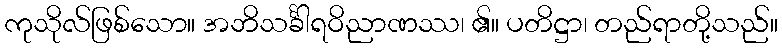
ကုသိုလ်ဖြစ်သော။ အဘိသင်္ခါရဝိညာဏဿ၊ ၏။ ပတိဋ္ဌာ၊ တည်ရာတို့သည်။